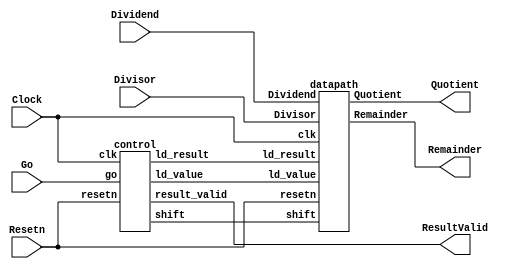
//Sw[7:0] data_in

//KEY[0] synchronous reset when pressed
//KEY[1] go signal

//LEDR displays result
//HEX0 & HEX1 also displays result

module part3(Clock, Resetn, Go, Divisor, Dividend, Quotient, Remainder, ResultValid);
    input Clock;
    input Resetn;
    input Go;
    input [3:0] Divisor;
    input [3:0] Dividend;
    output [3:0] Quotient;
    output [3:0] Remainder; 
    output ResultValid;

    // lots of wires to connect our datapath and control
    wire ld_value, ld_result;
    wire shift;

    control C0(
        .clk(Clock),
        .resetn(Resetn),

        .go(Go),

        .ld_value(ld_value),
        .ld_result(ld_result),

        .shift(shift),
        .result_valid(ResultValid)
    );

    datapath D0(
        .clk(Clock),
        .resetn(Resetn),

        .ld_value(ld_value),
        .ld_result(ld_result),

        .shift(shift),

        .Divisor(Divisor),
        .Dividend(Dividend),

        .Quotient(Quotient),
        .Remainder(Remainder)
    );

endmodule


module control(
    input clk,
    input resetn,
    input go,

    output reg  ld_value, ld_result,
    output reg  shift,
    output reg  result_valid
    );

    reg [5:0] current_state, next_state;

    localparam  S_LOAD          = 5'd0,
                S_LOAD_WAIT     = 5'd1,
                S_CYCLE_1       = 5'd2,
                S_CYCLE_2       = 5'd3,
                S_CYCLE_3       = 5'd4,
                S_CYCLE_4       = 5'd5,
                S_DISPLAY       = 5'd6;

    // Next state logic aka our state table
    always@(*)
    begin: state_table
            case (current_state)
                S_LOAD: next_state = go ? S_LOAD_WAIT : S_LOAD; // Loop in current state until value is input
                S_LOAD_WAIT: next_state = go ? S_LOAD_WAIT : S_CYCLE_1; // Loop in current state until go signal goes low
                S_CYCLE_1: next_state = S_CYCLE_2; // Loop in current state until value is input
                S_CYCLE_2: next_state = S_CYCLE_3;
                S_CYCLE_3: next_state = S_CYCLE_4;
                S_CYCLE_4: next_state = S_DISPLAY;
                S_DISPLAY: next_state = go ? S_LOAD_WAIT : S_DISPLAY; // we will be done our two operations, start over after
            default:     next_state = S_LOAD;
        endcase
    end // state_table


    // Output logic aka all of our datapath control signals
    always @(*)
    begin: enable_signals
        // By default make all our signals 0
        ld_value = 1'b0;
        ld_result = 1'b0;
        shift = 1'b0;
        result_valid = 1'b0;

        case (current_state)
            S_LOAD: begin
                ld_value = 1'b1;
                end
            S_CYCLE_1: begin 
                shift = 1'b1;
            end
            S_CYCLE_2: begin 
                shift = 1'b1;
            end
            S_CYCLE_3: begin 
                shift = 1'b1;
            end
            S_CYCLE_4: begin
                shift = 1'b1;
                ld_result = 1'b1;
            end
            S_DISPLAY: begin 
                ld_value = 1'b1;
                result_valid = 1'b1;
            end
        // default:    // don't need default since we already made sure all of our outputs were assigned a value at the start of the always block
        endcase
    end // enable_signals

    // current_state registers
    always@(posedge clk)
    begin: state_FFs
        if(!resetn)
            current_state <= S_LOAD;
        else
            current_state <= next_state;
    end // state_FFS
endmodule

module datapath(
    input clk,
    input resetn,
    input [3:0] Divisor,
    input [3:0] Dividend,
    input ld_value, ld_result,
    input shift,
    output reg [3:0] Quotient,
    output reg [3:0] Remainder
    );

    // input registers
    reg [4:0] a, divisor;
    reg [3:0] dividend;

    reg [4:0] test_a, test_divisor;
    reg [3:0] test_dividend;

    // always @(posedge clk) begin
    //     if (!resetn) begin
    //         a <= 5'b0;
    //         divisor <= 5'b0;
    //         dividend <= 4'b0;
    //     end
    //     else begin
    //         if (ld_value) begin
    //             divisor <= {1'b0, Divisor};
    //             dividend <= Dividend;
    //             a <= 5'b0;
    //         end
    //         if (shift) begin
    //             a = a << 1;
    //             a[0] = dividend[3];
    //             dividend = dividend << 1;
    //             a = a - divisor;

    //             if (a[4] == 1'b1) begin
    //                 dividend[0] = 1'b0;
    //                 a = a + divisor;
    //             end
    //             else
    //                 dividend[0] = 1'b1;
    //         end
    //     end
    // end
    
    always @(posedge clk) begin
        if (!resetn) begin
            a <= 5'b0;
            divisor <= 5'b0;
            dividend <= 4'b0;
        end
        if (ld_value) 
            a <= 5'b0;
            divisor <= {1'b0, Divisor};
            dividend <= Dividend;
        if (shift) begin
            a <= test_a;
            divisor <= test_divisor;
            dividend <= test_dividend;
        end
    end

    always @(*) begin
        if (shift) begin
            test_a = test_a << 1;
            test_a[0] = test_dividend[3];
            test_dividend = test_dividend << 1;
            test_a = test_a - test_divisor;

            if (test_a[4] == 1'b1) begin
                test_dividend[0] = 1'b0;
                test_a = test_a + test_divisor;
            end
            else
                test_dividend[0] = 1'b1;
        end
        else begin
            test_a = a;
            test_divisor = divisor;
            test_dividend = dividend;
        end
    end

    // Output result register
    always @(posedge clk) begin
        if (!resetn) begin
            Quotient <= 4'b0;
            Remainder <= 5'b0;
        end
        else
            if (ld_result) begin
                Quotient <= test_dividend[3:0];
                Remainder <= test_a[3:0];
            end
    end

endmodule

// top level module for FPGA
module TopG(SW, KEY, CLOCK_50, LEDR, HEX0, HEX2, HEX4, HEX5);
    input [9:0] SW;
    input [3:0] KEY;
    input CLOCK_50;
    output [9:0] LEDR;
    output [6:0] HEX0, HEX2, HEX4, HEX5;

    wire resetn;
    wire go;

    wire [3:0] Quotient;
    wire [3:0] Remainder;
    assign go = ~KEY[1];
    assign resetn = KEY[0];
    assign LEDR[3:0] = Quotient;

    part3 u0(
        .Clock(CLOCK_50),
        .Resetn(resetn),
        .Go(go),
        .Divisor(SW[3:0]),
        .Dividend(SW[7:4]),
        .Quotient(Quotient),
        .Remainder(Remainder),
        .ResultValid(LEDR[4])
    );

    hex_decoder divisor(
        .c(SW[3:0]), 
        .display(HEX0)
    );

    hex_decoder dividend(
        .c(SW[7:4]), 
        .display(HEX2)
    );

    hex_decoder quotient(
        .c(Quotient), 
        .display(HEX4)
    );

    hex_decoder remainder(
        .c(Remainder), 
        .display(HEX5)
    );

endmodule

// hex decoder
module hex_decoder(c, display);
    input [3:0] c;
    output [6:0] display;

    assign display[0] = ~((~c[0]|c[1]|c[2]|c[3])&(c[0]|c[1]|~c[2]|c[3])&(~c[0]|~c[1]|c[2]|~c[3])&(~c[0]|c[1]|~c[2]|~c[3])); // Eqn 0
    assign display[1] = ~((~c[0]|c[1]|~c[2]|c[3])&(c[0]|~c[1]|~c[2]|c[3])&(~c[0]|~c[1]|c[2]|~c[3])&(c[0]|c[1]|~c[2]|~c[3])&(c[0]|~c[1]|~c[2]|~c[3])&(~c[0]|~c[1]|~c[2]|~c[3])); // Eqn 1
    assign display[2] = ~((c[0]|~c[1]|c[2]|c[3])&(c[0]|c[1]|~c[2]|~c[3])&(c[0]|~c[1]|~c[2]|~c[3])&(~c[0]|~c[1]|~c[2]|~c[3])); // Eqn 2
    assign display[3] = ~((~c[0]|c[1]|c[2]|c[3])&(c[0]|c[1]|~c[2]|c[3])&(~c[0]|~c[1]|~c[2]|c[3])&(c[0]|~c[1]|c[2]|~c[3])&(~c[0]|~c[1]|~c[2]|~c[3])); // Eqn 3
    assign display[4] = ~((~c[0]|c[1]|c[2]|c[3])&(~c[0]|~c[1]|c[2]|c[3])&(c[1]|c[1]|~c[2]|c[3])&(~c[0]|c[1]|~c[2]|c[3])&(~c[0]|~c[1]|~c[2]|c[3])&(~c[0]|c[1]|c[2]|~c[3])); // Eqn 4
    assign display[5] = ~((~c[0]|c[1]|c[2]|c[3])&(c[0]|~c[1]|c[2]|c[3])&(~c[0]|~c[1]|c[2]|c[3])&(~c[0]|~c[1]|~c[2]|c[3])&(~c[0]|c[1]|~c[2]|~c[3])); // Enq 5
    assign display[6] = ~((c[0]|c[1]|c[2]|c[3])&(~c[0]|c[1]|c[2]|c[3])&(~c[0]|~c[1]|~c[2]|c[3])&(c[0]|c[1]|~c[2]|~c[3])); // Enq 6
endmodule